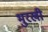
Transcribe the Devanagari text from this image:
भुरखी